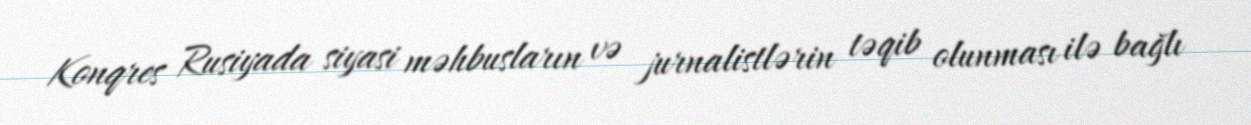
Konqres Rusiyada siyasi məhbusların və jurnalistlərin təqib olunması ilə bağlı